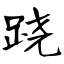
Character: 跷